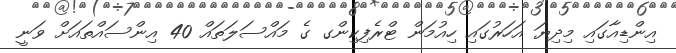
އިންޑިއާގައި މިދިޔަ އަހަރުގައި ހިއުމަން ޓްރެފިކިންގ ގެ މައްސަލަތައް 40 އިންސައްތައަށް ވަނީ